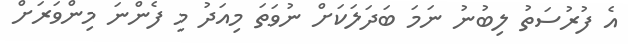
އެ ފުރުސަތު ލިބުނު ނަމަ ބަދަލަކަށް ނުވަތަ މިއަދު މި ފެންނަ މިންވަރަށް